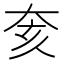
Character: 奒